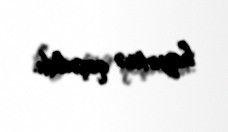
heyətinə qoşuldu.